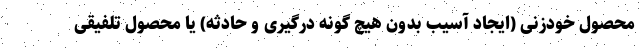
محصول خودزنی (ایجاد آسیب بدون هیچ گونه درگیری و حادثه) یا محصول تلفیقی